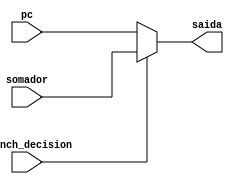
module mux_branch(branch_decision, pc, somador, saida);
input [31:0] pc, somador;
input branch_decision;
output reg [31:0] saida;

always @(branch_decision)
	begin
		if(branch_decision)
			begin
				saida = somador;
			end
		else
			begin
				saida = pc;
			end
	end

endmodule